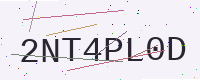
Text: 2NT4PL0D